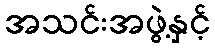
အသင်းအဖွဲ့နှင့်